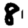
Digit: 8